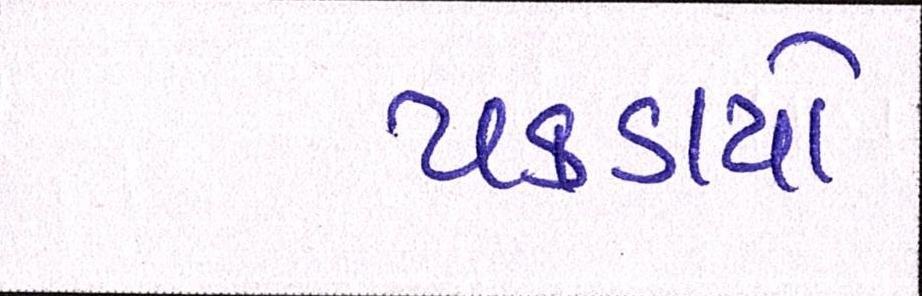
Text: પકડાયો